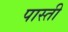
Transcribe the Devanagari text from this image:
पास्ती